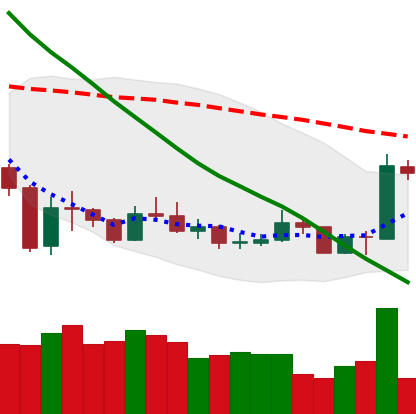
Ticker: XMR-USD
Chart end date: 2020-01-04
Forward return: 17.137%
Label: up_7plus